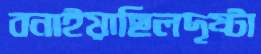
বনাইয়াছিলদৃষ্টা